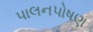
પાલનપોષણ